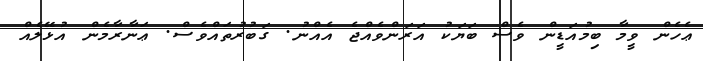
ޢެހެން ވީމާ ބިމުއަޑީން ވެސް ބަޔަކު އަރަންވެއްޖެ އެއްނު. ގަބުރުތައްވެސް. ޢަނާރާމެން އުޅޭލެއް